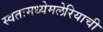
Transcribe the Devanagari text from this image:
स्वतःमध्येमलेरियाची